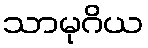
သာမုဂိယ